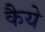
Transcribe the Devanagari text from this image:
कैये